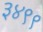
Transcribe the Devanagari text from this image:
३४९९